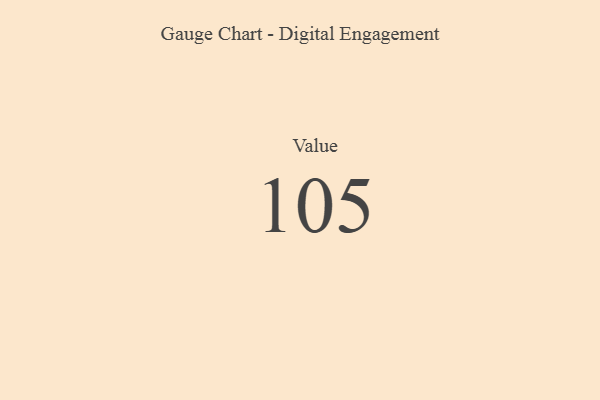
{"axis": {"x": "Metric", "y": "Value"}, "legend": [""], "data": [{"x": "Value", "y": 105, "type": ""}]}